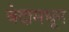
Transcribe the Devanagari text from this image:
वेदामधून